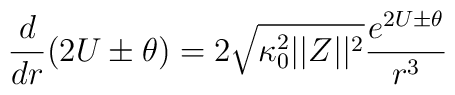
{d\over dr}(2U\pm\theta)=2 \sqrt{\kappa_0^2 ||Z||^2}{e^{2U\pm\theta}\over r^3}